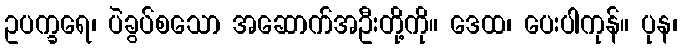
ဥပက္ခရေ၊ ပဲခွပ်စသော အဆောက်အဦးတို့ကို။ ဒေထ၊ ပေးပါကုန်။ ပုန၊